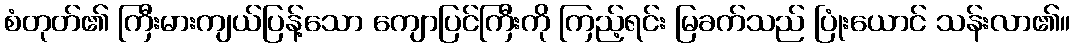
စံတုတ်၏ ကြီးမားကျယ်ပြန့်သော ကျောပြင်ကြီးကို ကြည့်ရင်း မြခက်သည် ပြုံးယောင် သန်းလာ၏။